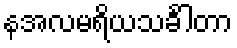
နအလမရိယသင်္ခါတာ